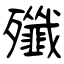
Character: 殲